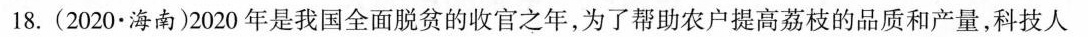
18.(2020·海南)2020年是我国全面脱贫的收官之年，为了帮助农户提高荔枝的品质和产量，科技人